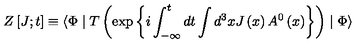
Z \left[ J ; t \right] \equiv \langle \Phi \mid T \left( \exp \left\{ i \int _ { - \infty } ^ { t } d t \int d ^ { 3 } x J \left( x \right) A ^ { 0 } \left( x \right) \right\} \right) \mid \Phi \rangle